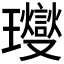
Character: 𤫉